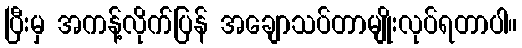
ပြီးမှ အကန့်လိုက်ပြန် အချောသပ်တာမျိုးလုပ်ရတာပါ။